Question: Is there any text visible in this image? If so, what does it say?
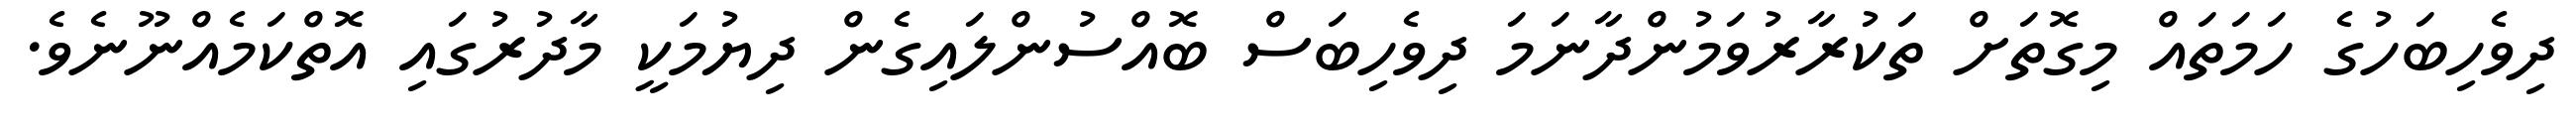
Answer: ދިވެހިބަހުގެ ހަމަތައް މިގޮތަށް ތަކުރާރުވަމުންދާނަމަ ދިވެހިބަސް ބޮއްސުންލައިގެން ދިޔުމަކީ މާދުރުގައި އޮތްކަމެއްނޫނެވެ.